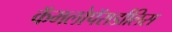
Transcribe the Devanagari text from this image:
कॅमलोपॅरार्डालिस